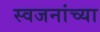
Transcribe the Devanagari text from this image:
स्वजनांच्या